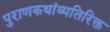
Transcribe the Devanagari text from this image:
पुराणकथांव्यतिरिक्त